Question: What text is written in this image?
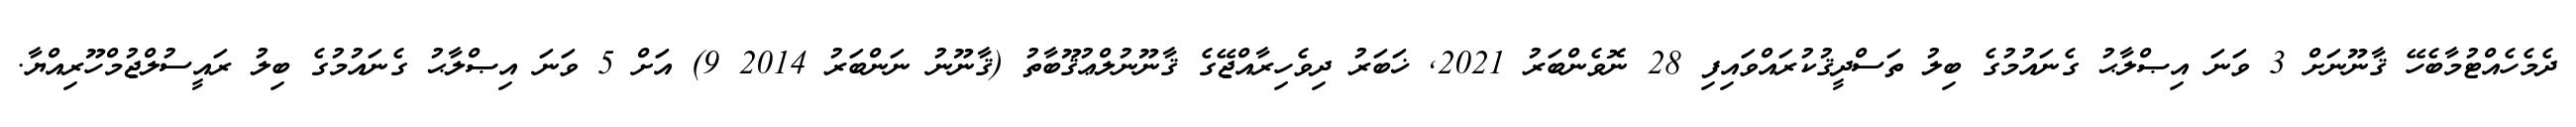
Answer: ދެމެހެއްޓުމާބެހޭ ޤާނޫނަށް 3 ވަނަ އިޞްލާޙު ގެނައުމުގެ ބިލު ތަސްދީޤުކުރައްވައިފި 28 ނޮވެންބަރު 2021, ޚަބަރު ދިވެހިރާއްޖޭގެ ޤާނޫނުލްޢުޤޫބާތު (ޤާނޫނު ނަންބަރު 2014 9) އަށް 5 ވަނަ އިޞްލާޙު ގެނައުމުގެ ބިލު ރައީސުލްޖުމްހޫރިއްޔާ.